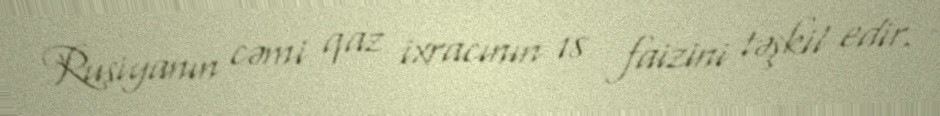
Rusiyanın cəmi qaz ixracının 18 faizini təşkil edir.